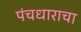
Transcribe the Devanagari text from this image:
पंचधाराचा